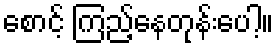
စောင့် ကြည့်နေတုန်းပေါ့။